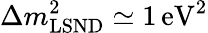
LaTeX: \Delta m_{\mathrm{LSND}}^{2}\simeq 1\, {\mathrm{eV}}^{2}